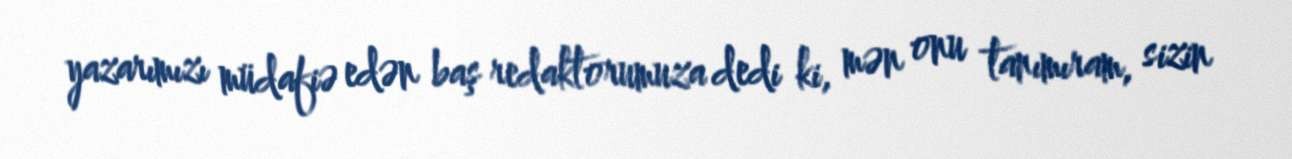
yazarımızı müdafiə edən baş redaktorumuza dedi ki, mən onu tanımıram, sizin